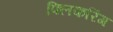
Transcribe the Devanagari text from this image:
फ्लिकरिंग